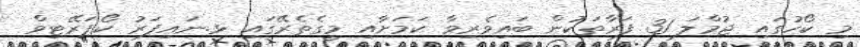
މި ކޯހުގައި ޖުމްލަ 31 ފަރާތަކުން ބައިވެރިވާ ކަމަށާއި މީގެތެރޭގައި ޅ.ނައިފަރު ކޯޕަރޭޓިވް